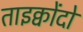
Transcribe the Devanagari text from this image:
ताइक्वोंदो